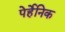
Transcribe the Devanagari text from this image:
पेर्हेनिक